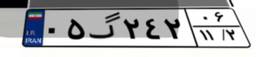
۹۸گ۵۴۴۲۸